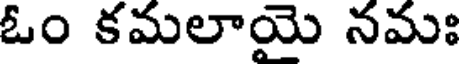
ఓం కమలాయై నమః